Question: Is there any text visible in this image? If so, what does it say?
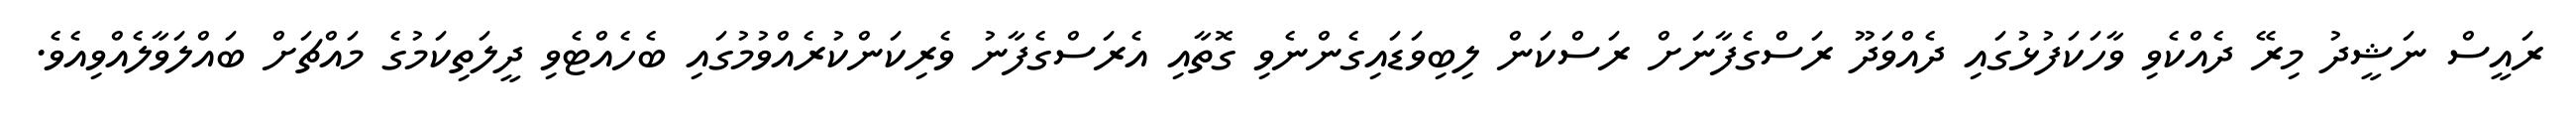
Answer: ރައީސް ނަޝީދު މިރޭ ދެއްކެވި ވާހަކަފުޅުގައި ދެއްވަދޫ ރަސްގެފާނަށް ރަސްކަން ލިބިވަޑައިގެންނެވި ގޮތާއި އެރަސްގެފާނު ވެރިކަންކުރެއްވުމުގައި ބެހެއްޓެވި ދީލަތިކަމުގެ މައްޗަށް ބައްލަވާލެއްވިއެވެ.